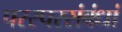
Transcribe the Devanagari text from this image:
परस्परसंबंधां